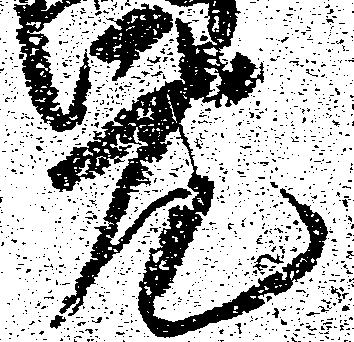
元